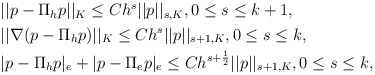
\begin{align*}\begin{aligned}&||p-\Pi_hp||_K\leq Ch^s||p||_{s,K},0\leq s\leq k+1,\\&||\nabla(p-\Pi_hp)||_K\leq Ch^s||p||_{s+1,K},0\leq s\leq k,\\&|p-\Pi_hp|_e+|p-\Pi_ep|_e\leq Ch^{s+\frac{1}{2}}||p||_{s+1,K},0\leq s\leq k,\end{aligned}\end{align*}